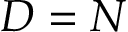
D = N